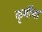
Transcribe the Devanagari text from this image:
कृमींचा